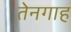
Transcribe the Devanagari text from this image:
तेनगाह